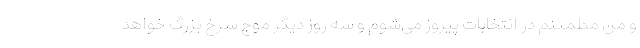
و من مطمئنم در انتخابات پیروز می‌شوم و سه روز دیگر موج سرخ بزرگ خواهد